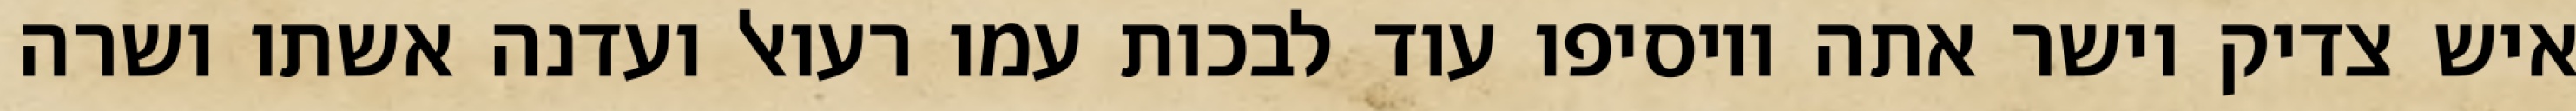
איש צדיק וישר אתה ויוסיפו עוד לבכות עמו רעואל ועדנה אשתו ושרה